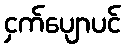
ငှက်ပျောပင်